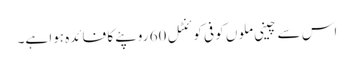
اس سے چینی ملوں کو فی کوئنٹل 60 روپئے کا فائدہ ہوا ہے۔